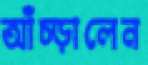
আঁচ্‌ড়ালেন